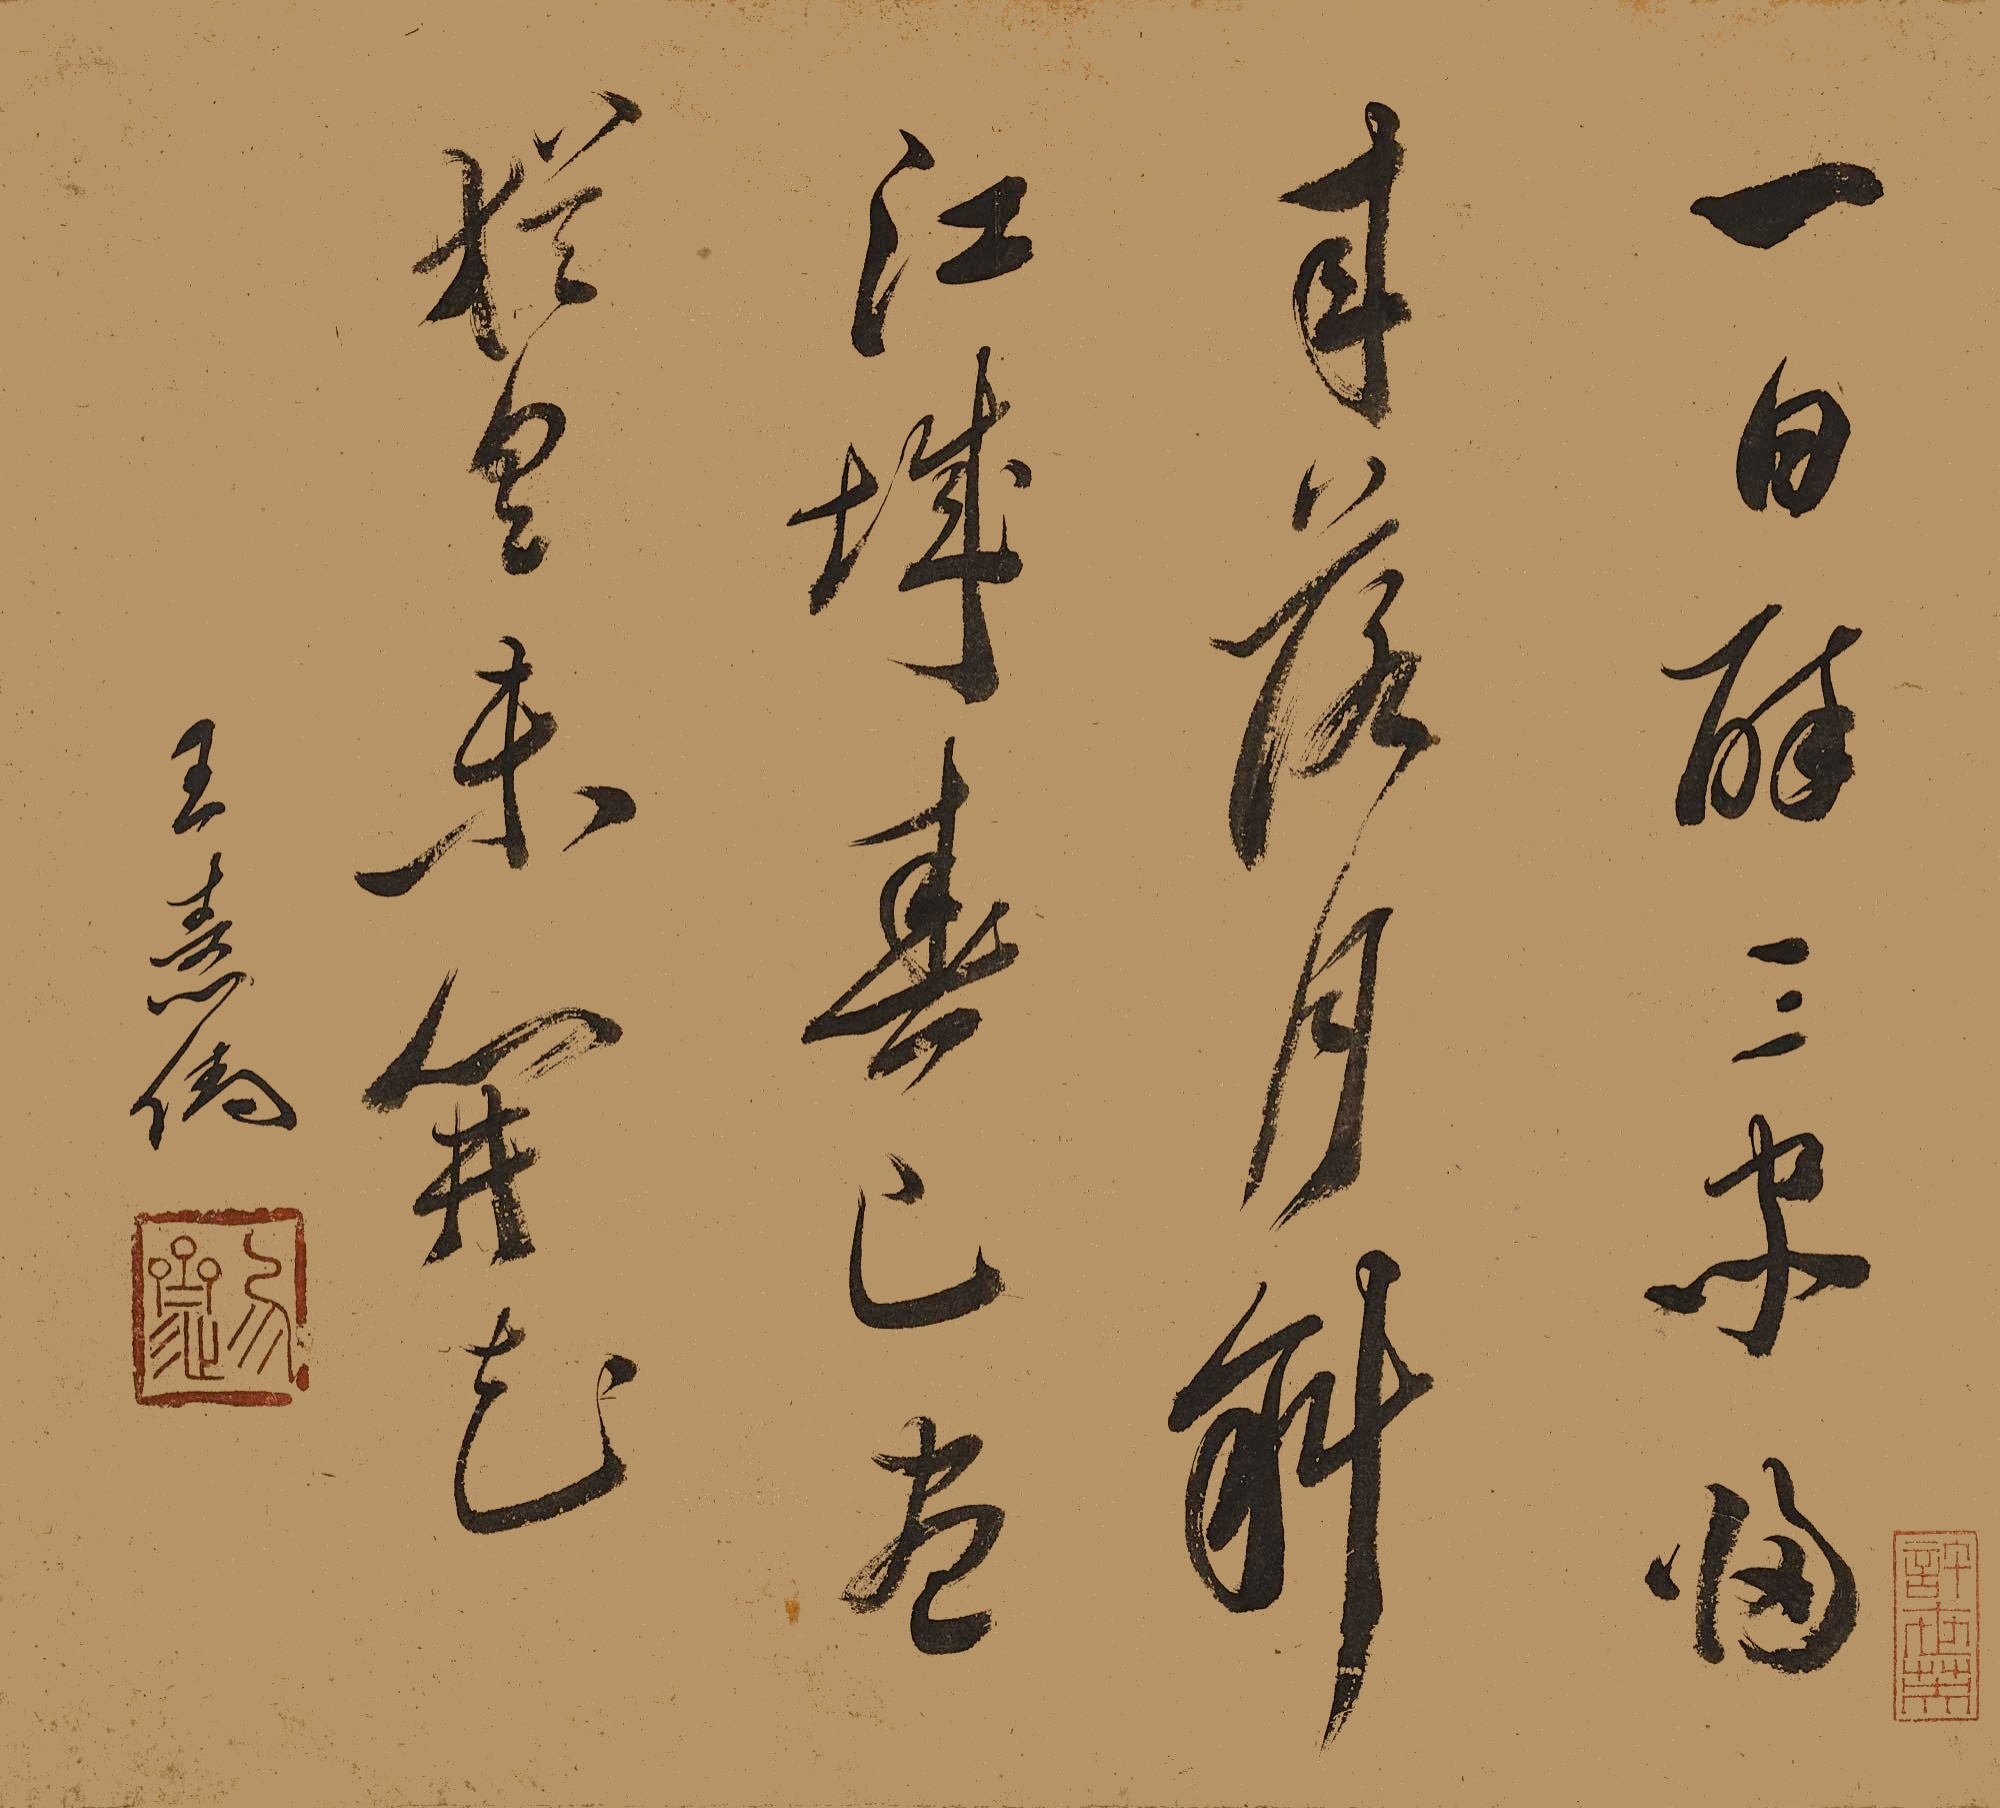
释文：一日醉三家，归来落月斜。江城春已尽，犹具未开花。王熹儒。